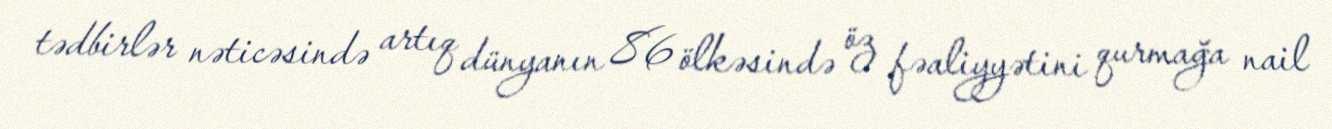
tədbirlər nəticəsində artıq dünyanın 86 ölkəsində öz fəaliyyətini qurmağa nail